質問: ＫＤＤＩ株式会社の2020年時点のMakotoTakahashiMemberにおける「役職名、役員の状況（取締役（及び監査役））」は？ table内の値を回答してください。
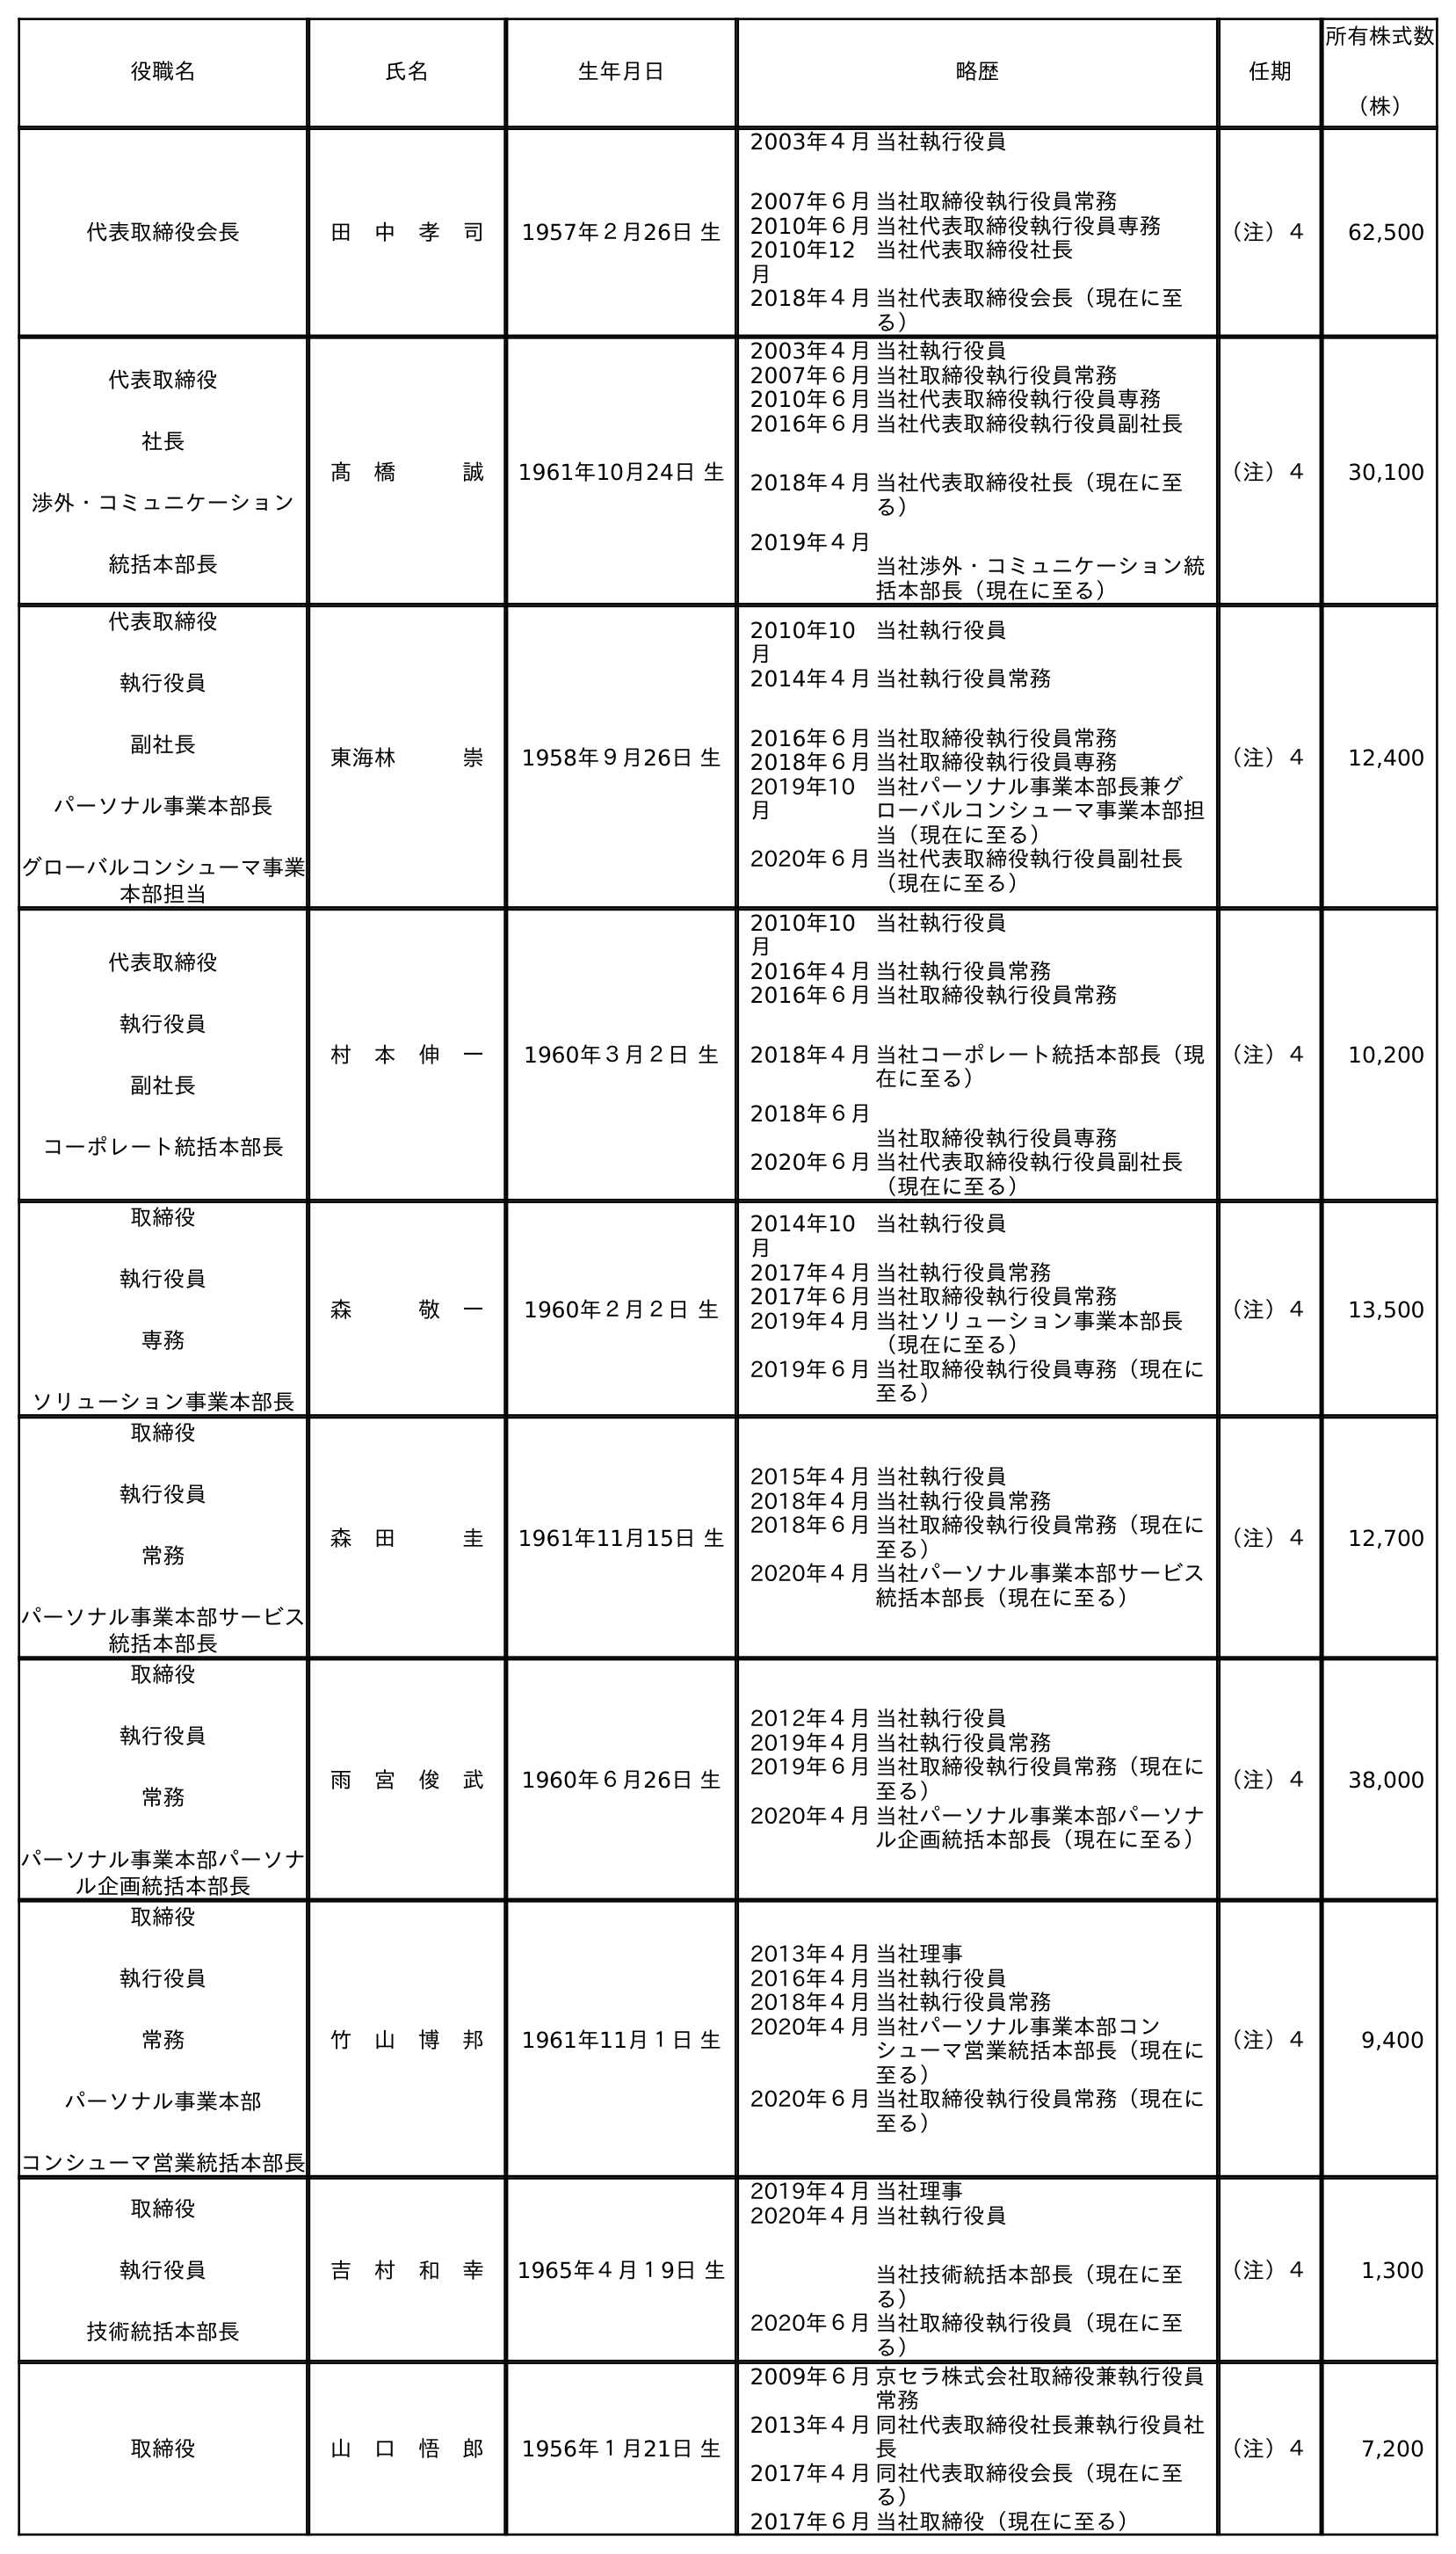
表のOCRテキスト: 役職名 氏名 生年月日 略歴 任期 所有株式数 （株） 代表取締役会長 田 中 孝 司 1957年２月26日 生 2003年４月 2007年６月 当社執行役員 当社取締役執行役員常務 2010年６月当社代表取締役執行役員専務 2010年12 月 当社代表取締役社長 2018年４月当社代表取締役会長（現在に至 る） （注）４ 62,500 代表取締役 社長 渉外・コミュニケーション 統括本部長 髙 橋   誠 1961年10月24日 生 2003年４月当社執行役員 2007年６月当社取締役執行役員常務 2010年６月当社代表取締役執行役員専務 2016年６月 2018年４月 2019年４月 当社代表取締役執行役員副社長 当社代表取締役社長（現在に至 る） 当社渉外・コミュニケーション統 括本部長（現在に至る） （注）４ 30,100 代表取締役 執行役員 副社長 パーソナル事業本部長 グローバルコンシューマ事業 本部担当 東海林   崇 1958年９月26日 生 2010年10 月 当社執行役員 2014年４月 2016年６月 当社執行役員常務 当社取締役執行役員常務 2018年６月当社取締役執行役員専務 2019年10 月 当社パーソナル事業本部長兼グ ローバルコンシューマ事業本部担 当（現在に至る） 2020年６月当社代表取締役執行役員副社長 （現在に至る） （注）４ 12,400 代表取締役 執行役員 副社長 コーポレート統括本部長 村 本 伸 一 1960年３月２日 生 2010年10 月 当社執行役員 2016年４月当社執行役員常務 2016年６月 2018年４月 2018年６月 当社取締役執行役員常務 当社コーポレート統括本部長（現 在に至る） 当社取締役執行役員専務 2020年６月当社代表取締役執行役員副社長 （現在に至る） （注）４ 10,200 取締役 執行役員 専務 ソリューション事業本部長 森   敬 一 1960年２月２日 生 2014年10 月 当社執行役員 2017年４月当社執行役員常務 2017年６月当社取締役執行役員常務 2019年４月当社ソリューション事業本部長 （現在に至る） 2019年６月当社取締役執行役員専務（現在に 至る） （注）４ 13,500 取締役 執行役員 常務 パーソナル事業本部サービス 統括本部長 森 田   圭 1961年11月15日 生 2015年４月当社執行役員 2018年４月当社執行役員常務 2018年６月当社取締役執行役員常務（現在に 至る） 2020年４月当社パーソナル事業本部サービス 統括本部長（現在に至る） （注）４ 12,700 取締役 執行役員 常務 パーソナル事業本部パーソナ ル企画統括本部長 雨 宮 俊 武 1960年６月26日 生 2012年４月当社執行役員 2019年４月当社執行役員常務 2019年６月当社取締役執行役員常務（現在に 至る） 2020年４月当社パーソナル事業本部パーソナ ル企画統括本部長（現在に至る） （注）４ 38,000 取締役 執行役員 常務 パーソナル事業本部 コンシューマ営業統括本部長 竹 山 博 邦 1961年11月１日 生 2013年４月当社理事 2016年４月当社執行役員 2018年４月当社執行役員常務 2020年４月当社パーソナル事業本部コン シューマ営業統括本部長（現在に 至る） 2020年６月当社取締役執行役員常務（現在に 至る） （注）４ 9,400 取締役 執行役員 技術統括本部長 吉 村 和 幸 1965年４月１9日 生 2019年４月当社理事 2020年４月当社執行役員 当社技術統括本部長（現在に至 る） 2020年６月当社取締役執行役員（現在に至 る） （注）４ 1,300 取締役 山 口 悟 郎 1956年１月21日 生 2009年６月京セラ株式会社取締役兼執行役員 常務 2013年４月同社代表取締役社長兼執行役員社 長 2017年４月同社代表取締役会長（現在に至 る） 2017年６月当社取締役（現在に至る） （注）４ 7,200
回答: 代表取締役社長渉外・コミュニケーション統括本部長